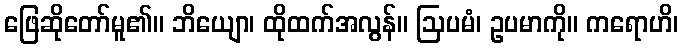
ဖြေဆိုတော်မူ၏။ ဘိယျော၊ ထိုထက်အလွန်။ ဩပမံ၊ ဥပမာကို။ ကရောဟိ၊